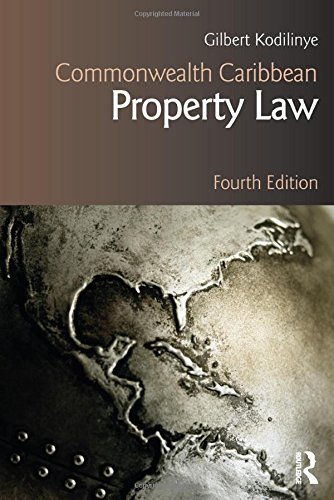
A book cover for Commonwealth Caribbean Property Law (Commonwealth Caribbean Law); Gilbert Kodilinye; Law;